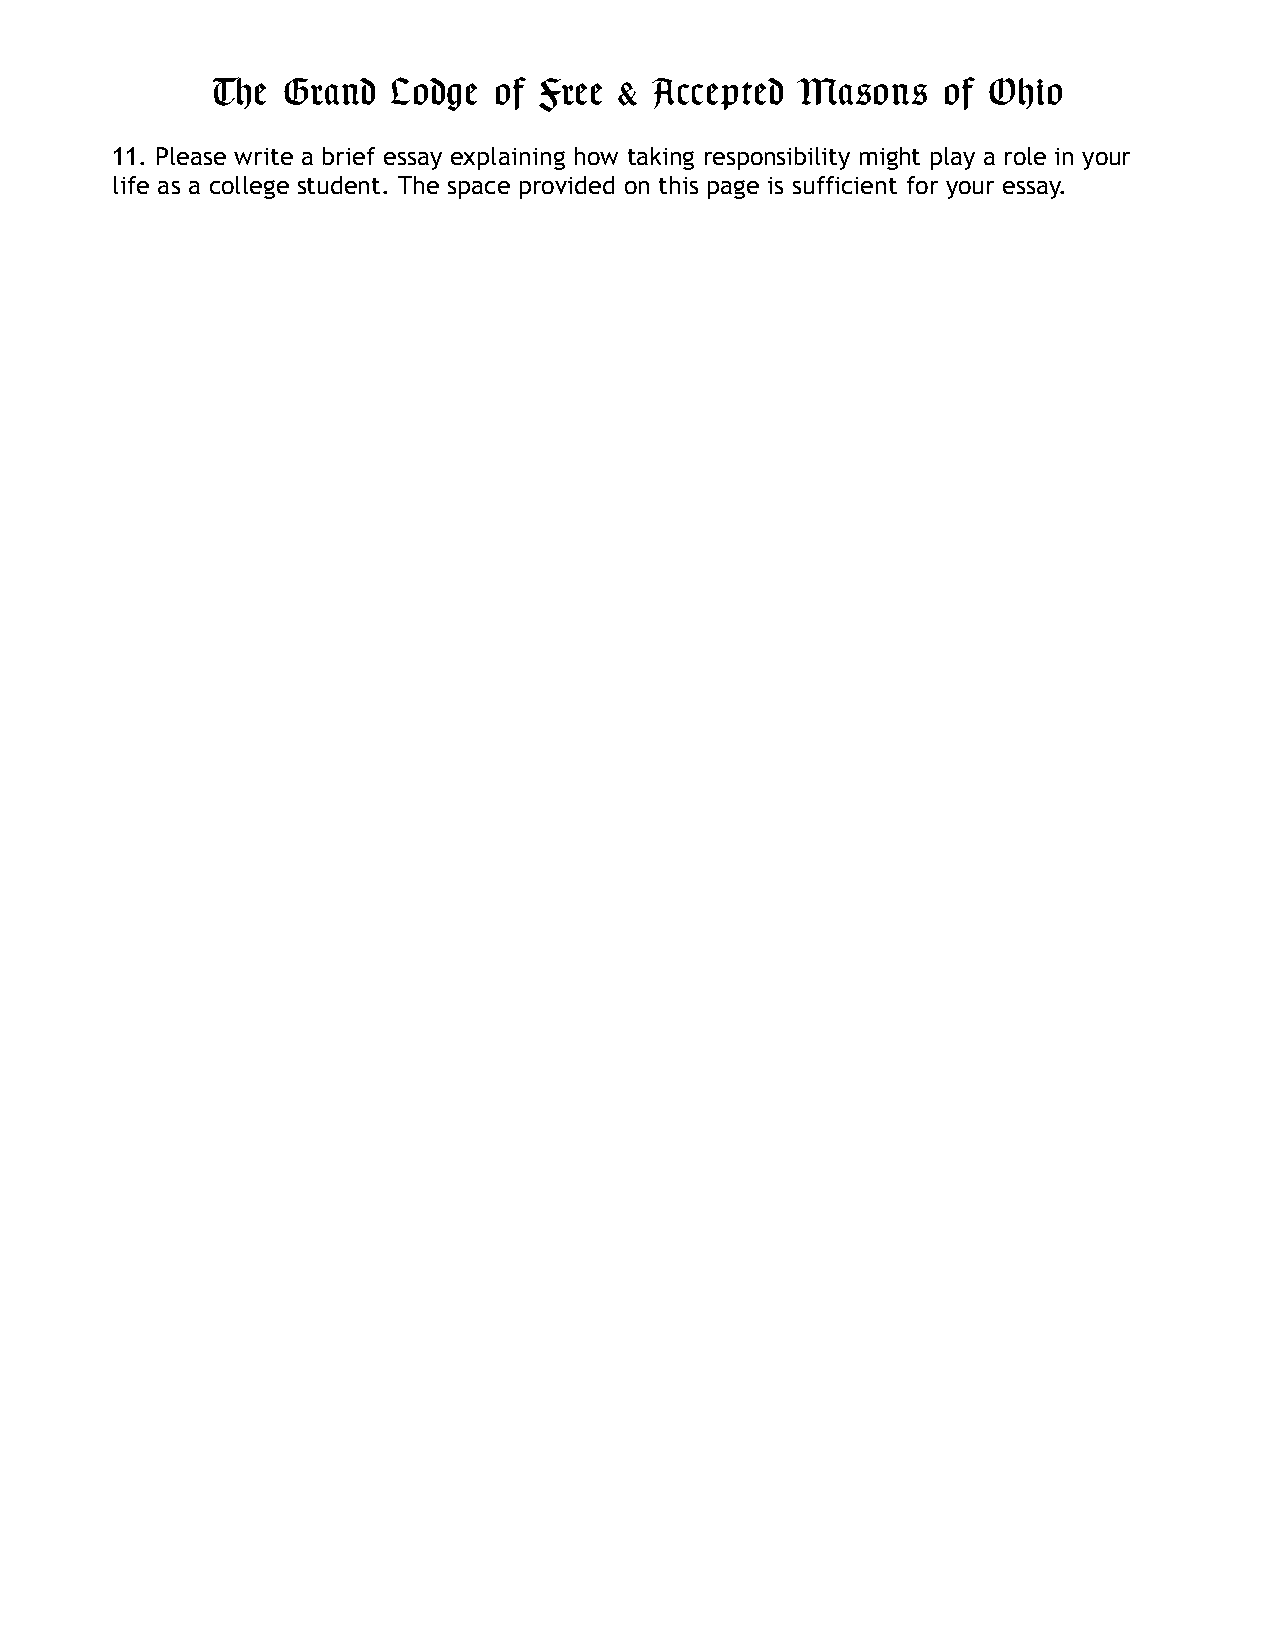
The  Grand  Lodge  of Free & Accepted  Masons   of Ohio
 11. Please write a brief essay explaining how taking responsibility might play a role in your
 life as a college student. The space provided on this page is sufficient for your essay.